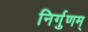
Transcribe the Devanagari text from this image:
निर्गुणम्